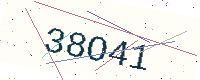
Text: 38O41